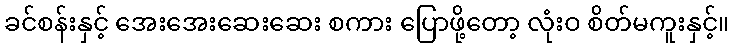
ခင်စန်းနှင့် အေးအေးဆေးဆေး စကား ပြောဖို့တော့ လုံးဝ စိတ်မကူးနှင့်။